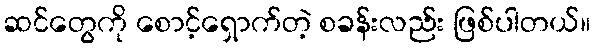
ဆင်တွေကို စောင့်ရှောက်တဲ့ စခန်းလည်း ဖြစ်ပါတယ်။